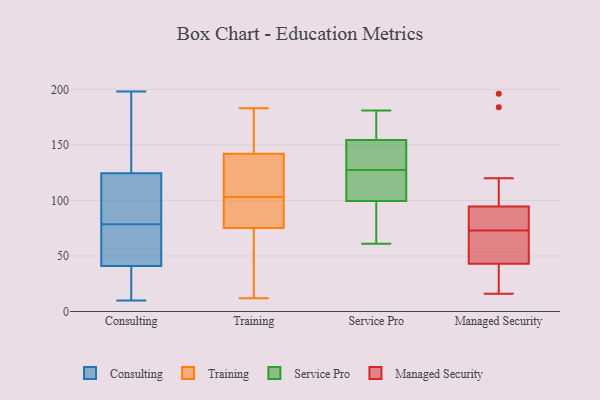
{"axis": {"x": "Latency (ms)", "y": "Value"}, "legend": ["Consulting", "Managed Security", "Service Pro", "Training"], "data": [{"x": "", "y": 49, "type": "Consulting"}, {"x": "", "y": 34, "type": "Consulting"}, {"x": "", "y": 131, "type": "Consulting"}, {"x": "", "y": 48, "type": "Consulting"}, {"x": "", "y": 74, "type": "Consulting"}, {"x": "", "y": 12, "type": "Consulting"}, {"x": "", "y": 65, "type": "Consulting"}, {"x": "", "y": 118, "type": "Consulting"}, {"x": "", "y": 79, "type": "Consulting"}, {"x": "", "y": 16, "type": "Consulting"}, {"x": "", "y": 181, "type": "Consulting"}, {"x": "", "y": 91, "type": "Consulting"}, {"x": "", "y": 106, "type": "Consulting"}, {"x": "", "y": 24, "type": "Consulting"}, {"x": "", "y": 145, "type": "Consulting"}, {"x": "", "y": 164, "type": "Consulting"}, {"x": "", "y": 104, "type": "Consulting"}, {"x": "", "y": 10, "type": "Consulting"}, {"x": "", "y": 78, "type": "Consulting"}, {"x": "", "y": 198, "type": "Consulting"}, {"x": "", "y": 106, "type": "Training"}, {"x": "", "y": 141, "type": "Training"}, {"x": "", "y": 112, "type": "Training"}, {"x": "", "y": 95, "type": "Training"}, {"x": "", "y": 63, "type": "Training"}, {"x": "", "y": 12, "type": "Training"}, {"x": "", "y": 79, "type": "Training"}, {"x": "", "y": 64, "type": "Training"}, {"x": "", "y": 183, "type": "Training"}, {"x": "", "y": 103, "type": "Training"}, {"x": "", "y": 145, "type": "Training"}, {"x": "", "y": 182, "type": "Training"}, {"x": "", "y": 87, "type": "Training"}, {"x": "", "y": 82, "type": "Service Pro"}, {"x": "", "y": 181, "type": "Service Pro"}, {"x": "", "y": 159, "type": "Service Pro"}, {"x": "", "y": 121, "type": "Service Pro"}, {"x": "", "y": 95, "type": "Service Pro"}, {"x": "", "y": 169, "type": "Service Pro"}, {"x": "", "y": 104, "type": "Service Pro"}, {"x": "", "y": 150, "type": "Service Pro"}, {"x": "", "y": 131, "type": "Service Pro"}, {"x": "", "y": 129, "type": "Service Pro"}, {"x": "", "y": 61, "type": "Service Pro"}, {"x": "", "y": 126, "type": "Service Pro"}, {"x": "", "y": 66, "type": "Managed Security"}, {"x": "", "y": 90, "type": "Managed Security"}, {"x": "", "y": 196, "type": "Managed Security"}, {"x": "", "y": 184, "type": "Managed Security"}, {"x": "", "y": 45, "type": "Managed Security"}, {"x": "", "y": 120, "type": "Managed Security"}, {"x": "", "y": 99, "type": "Managed Security"}, {"x": "", "y": 73, "type": "Managed Security"}, {"x": "", "y": 93, "type": "Managed Security"}, {"x": "", "y": 19, "type": "Managed Security"}, {"x": "", "y": 53, "type": "Managed Security"}, {"x": "", "y": 37, "type": "Managed Security"}, {"x": "", "y": 75, "type": "Managed Security"}, {"x": "", "y": 16, "type": "Managed Security"}, {"x": "", "y": 79, "type": "Managed Security"}, {"x": "", "y": 36, "type": "Managed Security"}, {"x": "", "y": 55, "type": "Managed Security"}]}